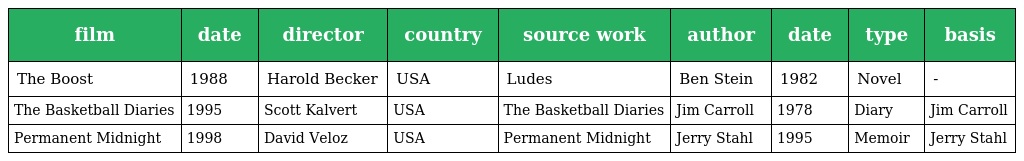
| film | date | director | country | source work | author | date | type | basis |
 | --- | --- | --- | --- | --- | --- | --- | --- | --- |
 | The Boost | 1988 | Harold Becker | USA | Ludes | Ben Stein | 1982 | Novel | - |
 | The Basketball Diaries | 1995 | Scott Kalvert | USA | The Basketball Diaries | Jim Carroll | 1978 | Diary | Jim Carroll |
 | Permanent Midnight | 1998 | David Veloz | USA | Permanent Midnight | Jerry Stahl | 1995 | Memoir | Jerry Stahl |